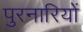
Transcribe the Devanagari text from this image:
पुरनारियों